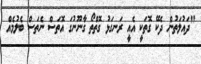
"ދައުލަތުން ދެކޭ ގޮތަކީ އެއީ ރަނގަޅު ގޮތްތޯ ގާނޫނުގަ އޮތަސް ނެތަސް ބެލުމެއް